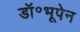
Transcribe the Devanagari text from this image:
डॉ॰भूपेन